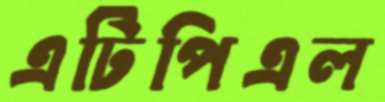
এটিপিএল